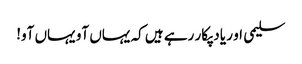
سلیمی او ر یاد پکار رہے ہیں کہ یہاں آو یہاں آو!